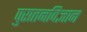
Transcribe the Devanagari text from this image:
पुरातनविज्ञान